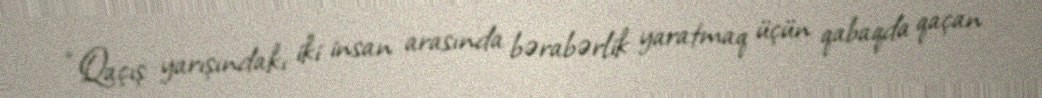
“Qaçış yarışındakı iki insan arasında bərabərlik yaratmaq üçün qabaqda qaçan